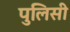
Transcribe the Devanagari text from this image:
पुलिसी